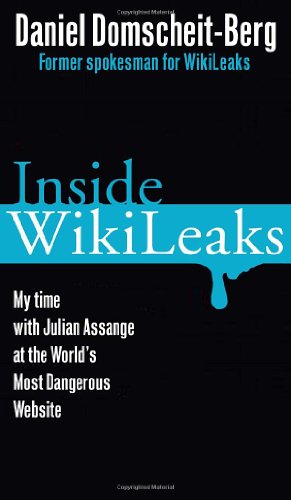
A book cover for Inside WikiLeaks: My Time with Julian Assange at the World's Most Dangerous Website; Daniel Domscheit-Berg; Computers & Technology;